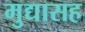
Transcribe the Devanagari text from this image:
मुद्यासह